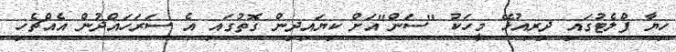
ހިޔާ ފްލެޓުގައި ދިރިއުޅޭ މީހަކު "ސަން"އަށް ކިޔައިދިން ގޮތުގައި އެ ސަރަހައްދުން އެއްޗެހި